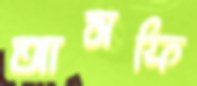
আসফি